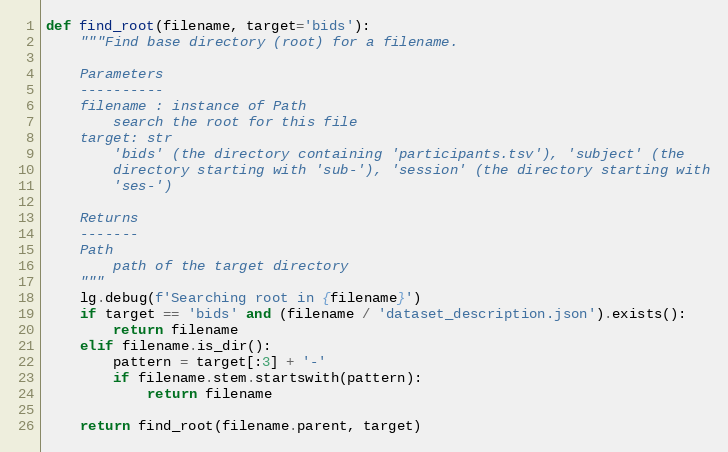
Language: Python
def find_root(filename, target='bids'):
    """Find base directory (root) for a filename.

    Parameters
    ----------
    filename : instance of Path
        search the root for this file
    target: str
        'bids' (the directory containing 'participants.tsv'), 'subject' (the
        directory starting with 'sub-'), 'session' (the directory starting with
        'ses-')

    Returns
    -------
    Path
        path of the target directory
    """
    lg.debug(f'Searching root in {filename}')
    if target == 'bids' and (filename / 'dataset_description.json').exists():
        return filename
    elif filename.is_dir():
        pattern = target[:3] + '-'
        if filename.stem.startswith(pattern):
            return filename

    return find_root(filename.parent, target)